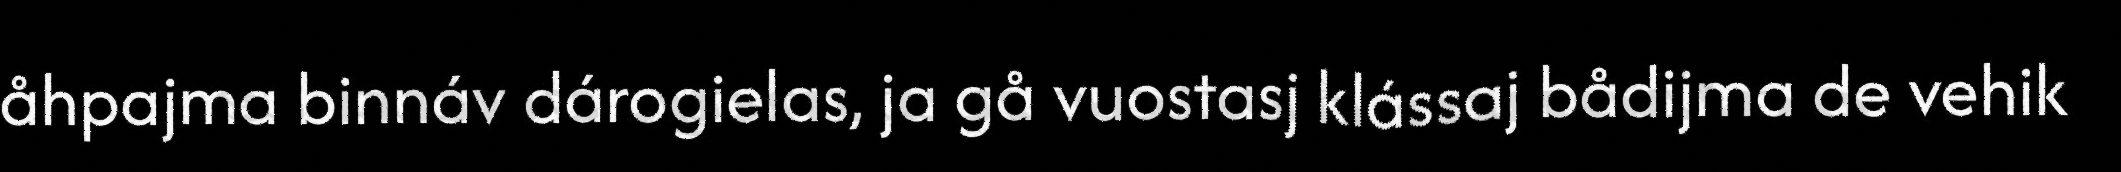
åhpajma binnáv dárogielas, ja gå vuostasj klássaj bådijma de vehik